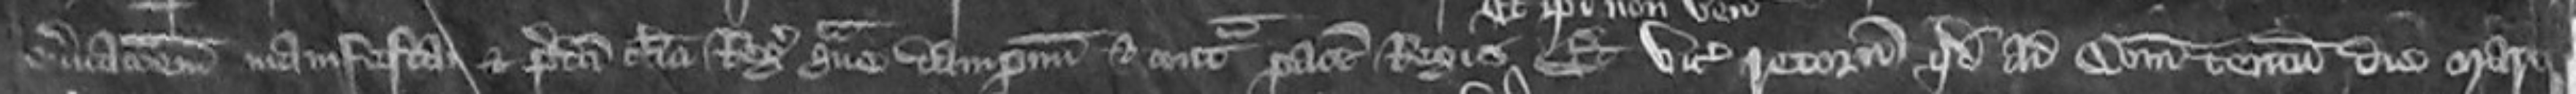
enervacionem manifestam et predicti clerici Regis grave dampnum et contra pacem Regis et vicecomes retornavit quod ad comitatum tentum die Martis